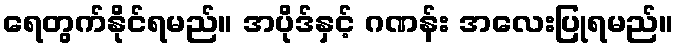
ရေတွက်နိုင်ရမည်။ အပိုဒ်နှင့် ဂဏန်း အလေးပြုရမည်။